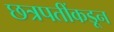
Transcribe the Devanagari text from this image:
छत्रपतींकडून